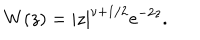
W ( z ) = | z | ^ { \nu + { 1 } / { 2 } } \mathrm { e } ^ { - 2 z } .